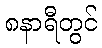
၈နာရီတွင်